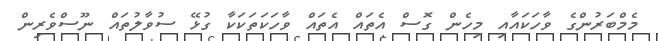
މެމްބަރުންގެ ވާހަކައާއި މިހެން ގޮސް އެތައް އެތައް ވާހަކަތަކަކާ ގުޅޭ ސުވާލުތައް ނޫސްވެރިން